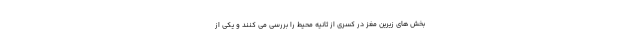
بخش های زیرین مغز در کسری از ثانیه محیط را بررسی می کنند و یکی از